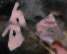
কচ